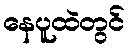
နေပူထဲတွင်